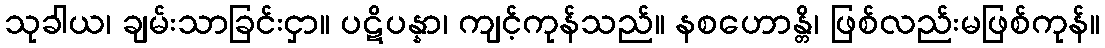
သုခါယ၊ ချမ်းသာခြင်းငှာ။ ပဋိပန္နာ၊ ကျင့်ကုန်သည်။ နစဟောန္တိ၊ ဖြစ်လည်းမဖြစ်ကုန်။